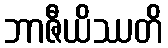
ဘာဇီယိဿတိ